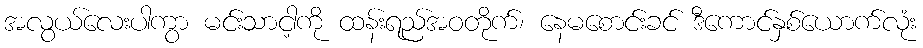
အလွယ်လေးပါကွာ မင်းသာငါ့ကို ထန်းရည်အဝတိုက်၊ နေမစောင်းခင် ဒီကောင်နှစ်ယောက်လုံး